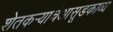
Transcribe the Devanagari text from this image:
शेतकऱ्याचेआसूडकाव्य